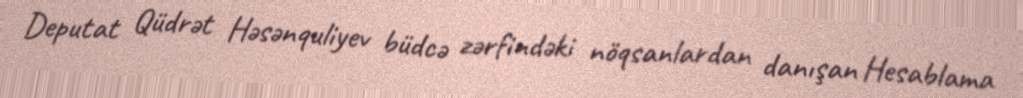
Deputat Qüdrət Həsənquliyev büdcə zərfindəki nöqsanlardan danışan Hesablama